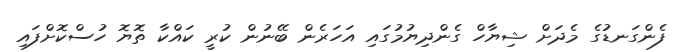
ފެންގަނޑުގެ މެދަށް ޝިޔާހް ގެންދިޔުމުގައި އަހަރެން ބޭނުން ކުރީ ކައްކާ ތޮޔޮ ހުސްކޮށްފައި